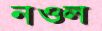
নওল